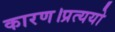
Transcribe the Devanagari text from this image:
कारण।प्रत्ययो